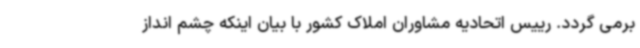
برمی گردد. رییس اتحادیه مشاوران املاک کشور با بیان اینکه چشم انداز